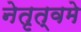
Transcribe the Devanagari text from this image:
नेतृत्वमे